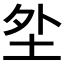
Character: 𱖗